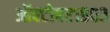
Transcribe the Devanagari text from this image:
ऑक्‍टोबर१९८३